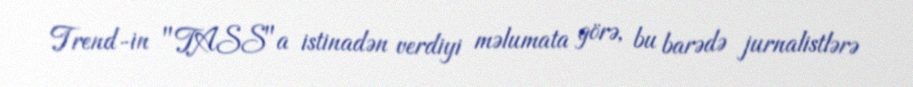
Trend-in "TASS"a istinadən verdiyi məlumata görə, bu barədə jurnalistlərə